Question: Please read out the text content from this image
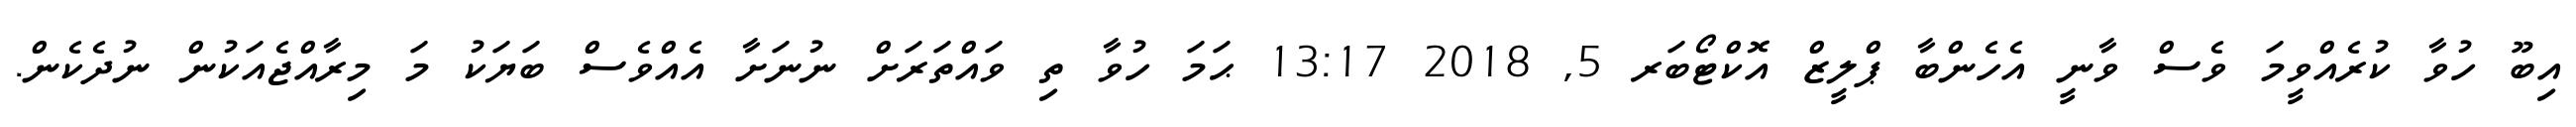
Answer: އިބޫ ހުވާ ކުރެއްވީމަ ވެސް ވާނީ އެހެންބާ ޕްލީޒް އޮކްޓޯބަރ 5, 2018 13:17 ޙަމަ ހުވާ ތި ވައްތަރަށް ނުނަށާ އެއްވެސް ބަޔަކު މަ މިރާއްޖެއަކުން ނުދެކެން.